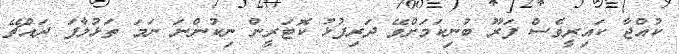
ކުއްޖާ ކައިރީވެސް ފަރޫ ބުނިކަމަށްވޭ ދަރިފުޅު ކޮޓަރީން ނިކުންނަ ނަމަ ތަޅުލާފަ ދައްޗޭ